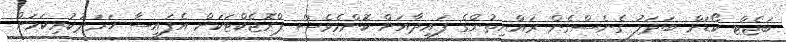
ބަޖެޓް ކޯޑަށް ބަދަލު ގެނެސްގެން ރައްޔިތުންގެ ފައިދާއަށް ކޮންމެވެސް ޕްރޮޖެކްޓަކަށް އެފައިސާ ޚަރަދުކުރިކަމަށް